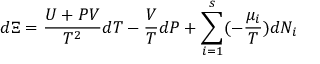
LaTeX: d \Xi = { \frac { U + P V } { T ^ { 2 } } } d T - { \frac { V } { T } } d P + \sum _ { i = 1 } ^ { s } ( - { \frac { \mu _ { i } } { T } } ) d N _ { i }